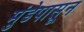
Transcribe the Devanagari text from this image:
मुंडेपासून